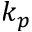
k _ { p }